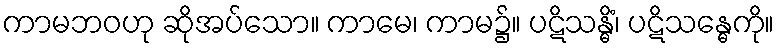
ကာမဘဝဟု ဆိုအပ်သော။ ကာမေ၊ ကာမ၌။ ပဋိသန္ဓိံ၊ ပဋိသန္ဓေကို။